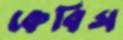
কেবিস